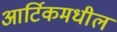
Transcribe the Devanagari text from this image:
आर्टिकमधील